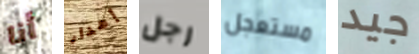
أنا إهدار رجل مستعجل جيد